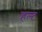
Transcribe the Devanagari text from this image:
हल्ट